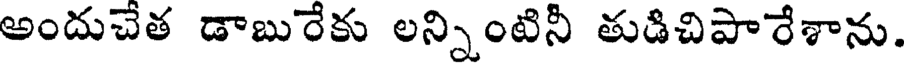
అందుచేత డాబురేకు లన్నింటినీ తుడిచిపారేశాను.